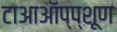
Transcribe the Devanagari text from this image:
टाआऑंप्प्शूण